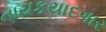
નાયકયાદગાર